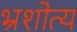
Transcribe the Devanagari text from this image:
भ्रंशोत्य